Language: tamil
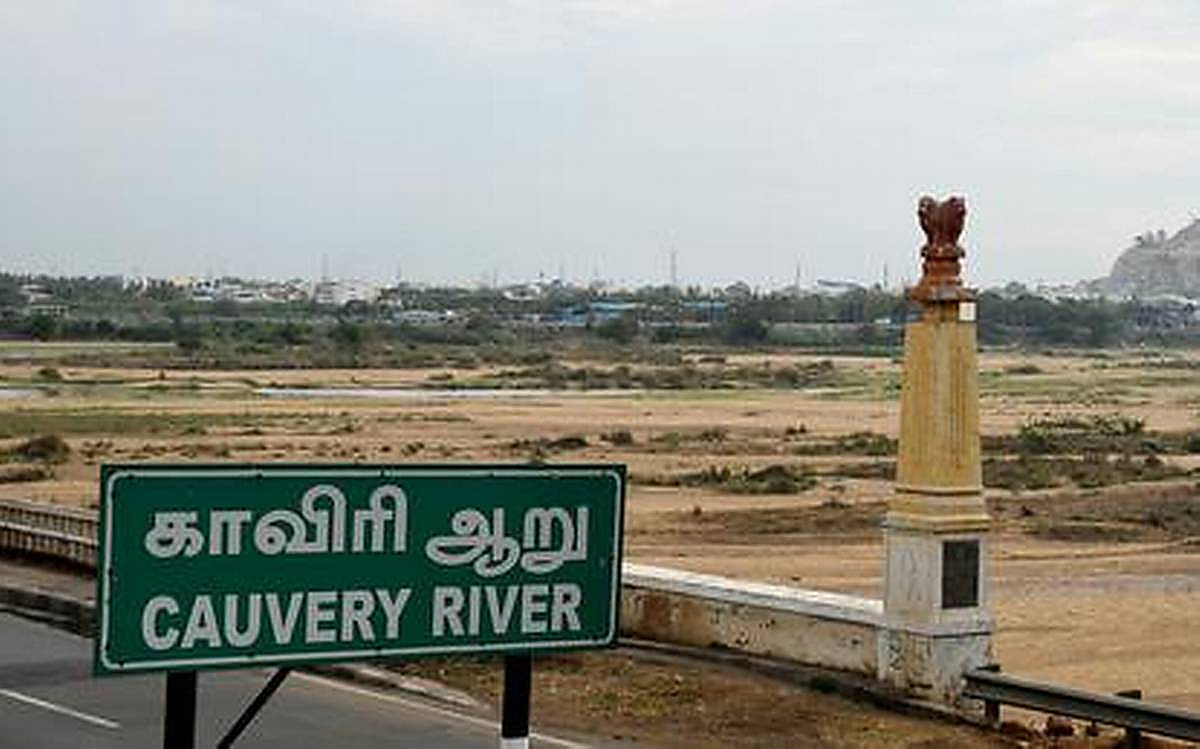
Transcription: காவிரி ஆறு